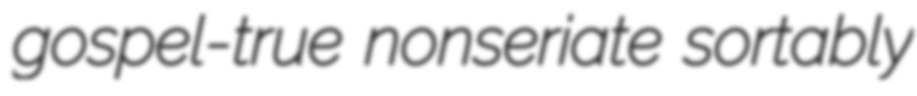
gospel-true nonseriate sortably